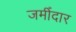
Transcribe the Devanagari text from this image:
जमीँदार